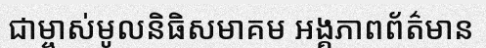
ជាម្ចាស់មូលនិធិសមាគម អង្គភាពព័ត៌មាន